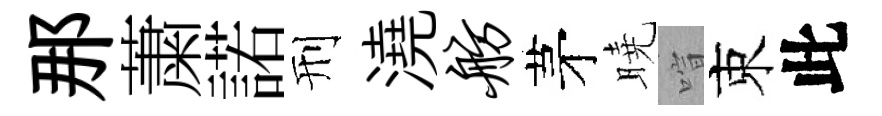
那䔥諾刑澆舫茅曉喧束此